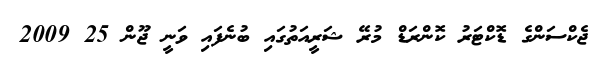
ޖެކްސަންގެ ޑޮކްޓަރު ކޮންރަޑް މުރޭ ޝަރީއަތުގައި ބުނެފައި ވަނީ ޖޫން 25 2009